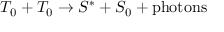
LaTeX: T _ { 0 } + T _ { 0 } \rightarrow S ^ { * } + S _ { 0 } + { \mathrm { p h o t o n s } }